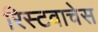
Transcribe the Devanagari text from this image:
रिस्टवाचेस